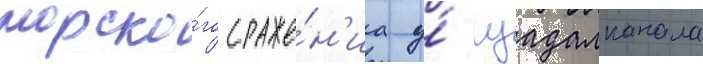
морско́го сраже́н'иа у́ гуадалканала